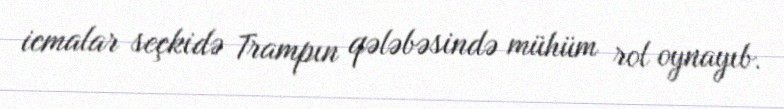
icmalar seçkidə Trampın qələbəsində mühüm rol oynayıb.